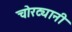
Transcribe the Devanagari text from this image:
चोरट्यानी